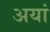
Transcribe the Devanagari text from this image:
अयां